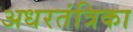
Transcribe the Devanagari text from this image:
अधरतंत्रिका